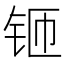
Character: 𫓬